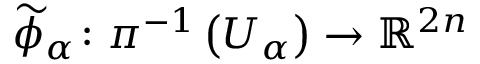
{ \widetilde { \phi } } _ { \alpha } \colon \pi ^ { - 1 } \left( U _ { \alpha } \right) \to \mathbb { R } ^ { 2 n }